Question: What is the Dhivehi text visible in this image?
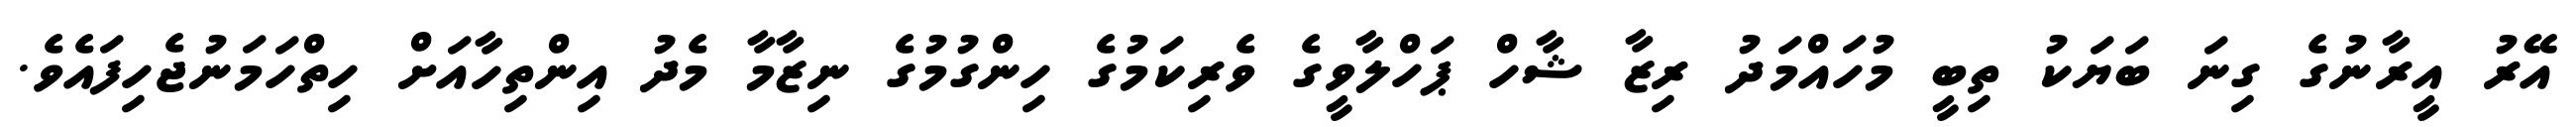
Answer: އޭރު އީރާނުގެ ގިނަ ބަޔަކު ތިބީ މުހައްމަދު ރިޒާ ޝާހް ޕަހްލާވީގެ ވެރިކަމުގެ ހިންގުމުގެ ނިޒާމާ މެދު އިންތިހާއަށް ހިތްހަމަނުޖެހިފައެވެ.